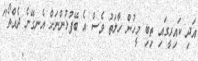
އަދި ކައިރީގައި ތިބި މީހުން ހާލަތު ވެސް އެ ބޭފުޅުންނަށް އެނގޭނެ ދެއްތޯ"